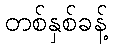
တစ်နှစ်ခန့်